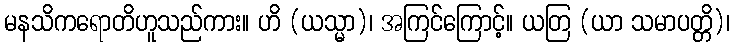
မနသိကရောတိဟူသည်ကား။ ဟိ (ယသ္မာ)၊ အကြင်ကြောင့်။ ယတြ (ယာ သမာပတ္တိ)၊